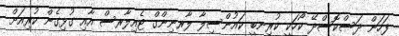
ފަހަން ދަސްކޮސްދޭ ކޯހަކީ ކުރިނބީ ކައުންސިލާ ލާރނިންގް ޓެއިލާރސް އާއި ގުޅިގެން ކުރިއަށް